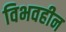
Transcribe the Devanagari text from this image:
विभवहीन